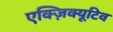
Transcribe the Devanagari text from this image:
एक्ज़िक्यूटिव